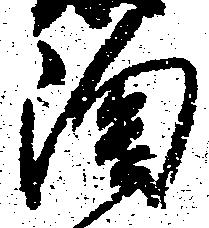
陶